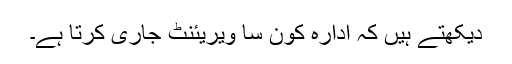
دیکھتے ہیں کہ ادارہ کون سا ویریئنٹ جاری کرتا ہے۔